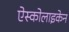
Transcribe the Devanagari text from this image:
ऐस्कोलाइकेन